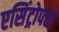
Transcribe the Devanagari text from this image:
एसिंट्रोपस